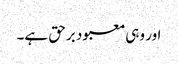
اور وہی معبود برحق ہے۔